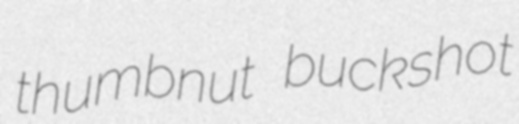
thumbnut buckshot